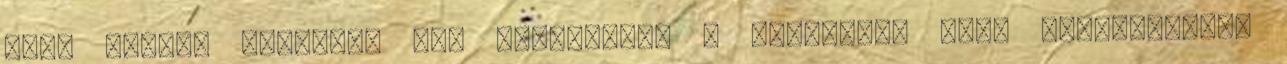
hogy hogyan töröljek egy felvételt. A marionett bábu megjegyzésre